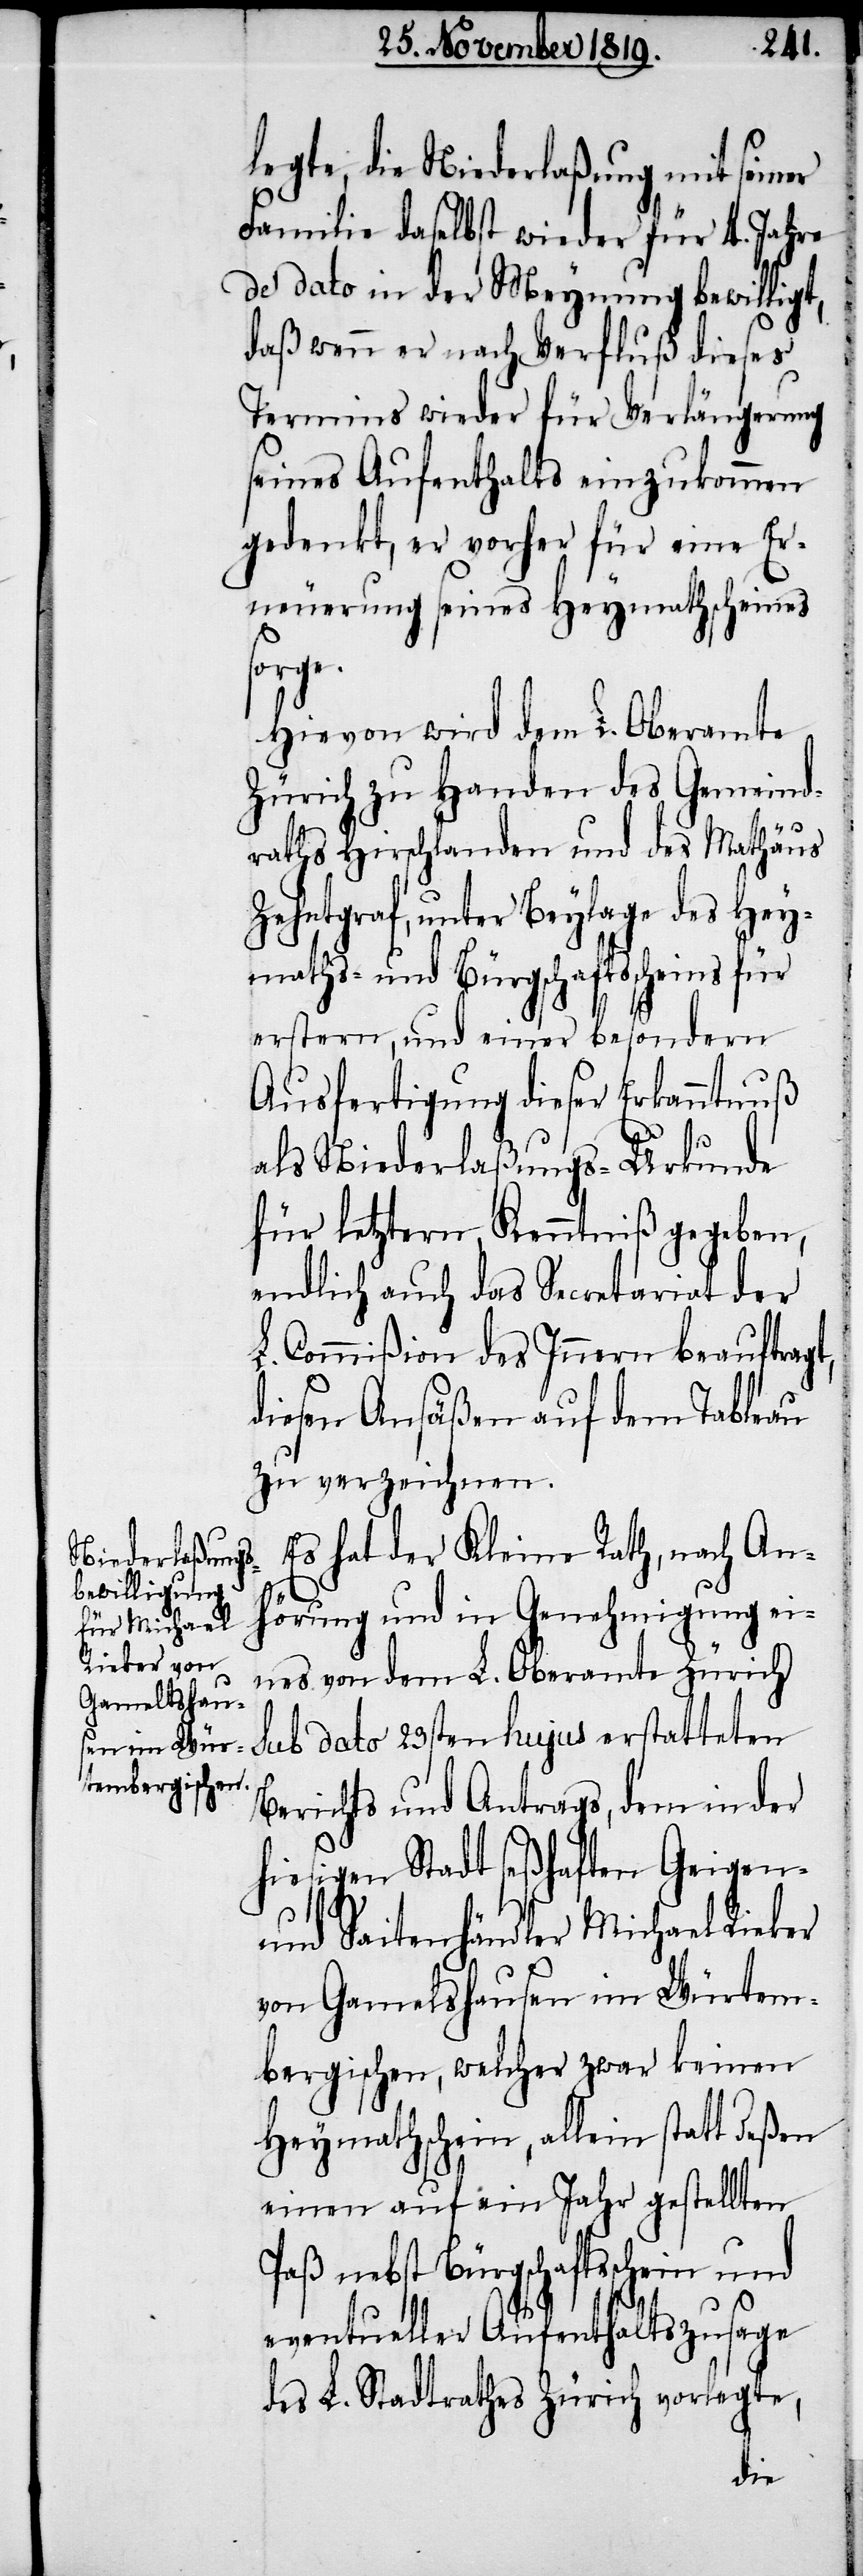
legte, die Niederlaßung mit seiner
Familie daselbst wieder für 4. Jahre
de dato in der Meynung bewilligt,
daß wenn er nach Verfluß dieses
Termins wieder für Verlängerung
seines Aufenthalts einzukommen
gedenkt, er vorher für eine Er¬
neuerung seines Heymathscheines
sorge.
Hievon wird dem L. Oberamte
Zürich zu Handen des Gemeind¬
raths Hirschlanden und des Mathäus
Zehntgraf, unter Beylage des Hey¬
maths- und Bürgschaftsscheins für
erstern, und einer besondern
Ausfertigung dieser Erkanntnuß
als Niederlaßungs-Urkunde
für letztern, Kenntniß gegeben,
endlich auch das Secretariat der
L. Commißion des Innern beauftragt,
diesen Ansäßen auf dem Tableau
zu verzeichnen.
Es hat der Kleine Rath, nach An¬
hörung und in Genehmigung ei¬
nes von dem L. Oberamt Zürich
sub dato 23sten hujus erstatteten
Berichts und Antrags, dem in der
hiesigen Stadt seßhaften Geigen-
und Saitenhändler Michael Rieker
von Gamel[t]shausen im Würtem¬
bergischen, welcher zwar keinen
Heymathschein, allein statt deßen
einen auf ein Jahr gestellten
Paß nebst Bürgschaftsschein und
eventueller Aufenthaltszusage
des L. Stadtrathes Zürich vorlegte,